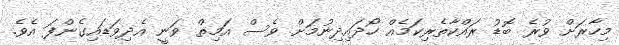
މިހާރަށް ވުރެ ބޮޑު ރައްކާތެރިކަމެއް ހޯދައިދިނުމަށް ވެސް އަމިތް ވަނީ އެދިވަޑައިގެންފަ އެވެ.